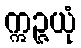
ဣဉ္ဇယုံ